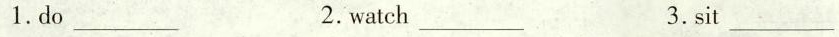
1. do___ 2.watch___ 3. sit___